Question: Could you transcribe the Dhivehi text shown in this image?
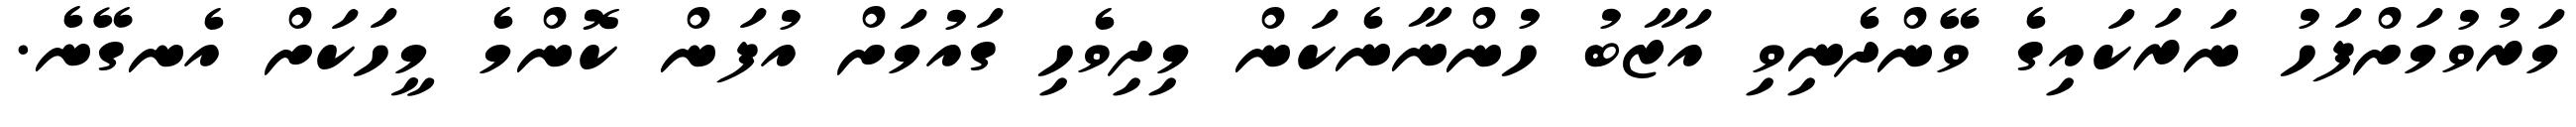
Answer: މަރުވުމަށްފަހު ނަރަކައިގެ ވޭންދެނިވި އަޒާބު ހުންނާނެކަން މިދިވެހި ގައުމަށް އުފަން ކޮންމެ މީހަކަށް އެނގޭނެ.